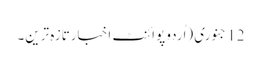
12 جنوری (اُردو پوائنٹ اخبارتازہ ترین۔